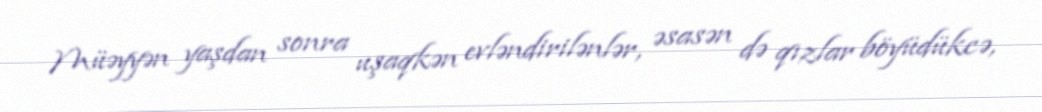
Müəyyən yaşdan sonra uşaqkən evləndirilənlər, əsasən də qızlar böyüdükcə,